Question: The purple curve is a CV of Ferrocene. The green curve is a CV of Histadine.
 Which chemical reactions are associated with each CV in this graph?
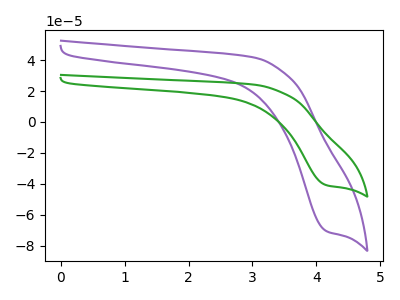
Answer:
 <answer>The purple curve is labeled "Ferrocene". The green curve is labeled "Histadine".</answer>
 <eval></eval>